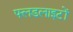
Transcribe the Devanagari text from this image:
फ्लडलाइटों